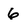
Character: 6